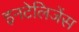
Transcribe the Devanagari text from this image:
इनटेलिजेंस